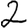
Digit: 2